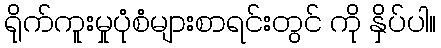
ရိုက်ကူးမှုပုံစံများစာရင်းတွင် ကို နှိပ်ပါ။